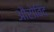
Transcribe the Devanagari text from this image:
औरोविंद